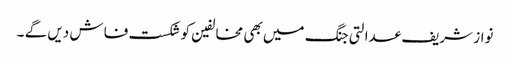
نواز شریف عدالتی جنگ میں بھی مخالفین کو شکست فاش دیں گے ۔